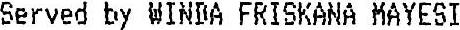
SERVED BY WINDA FRISKANA MAYESI